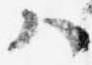
ハ